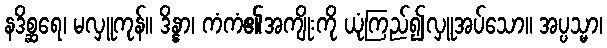
နဒိစ္ဆရေ၊ မလှူကုန်။ ဒိန္နာ၊ ကံကံ၏အကျိုးကို ယုံကြည်၍လှူအပ်သော။ အပ္ပသ္မာ၊